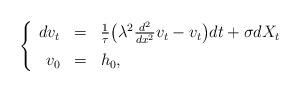
LaTeX: \begin{align*}\left\{\begin{array}{rcl}dv_t & = & \frac{1}{\tau} \big( \lambda^2 \frac{d^2}{d x^2} v_t - v_t \big) dt +\sigma dX_t\medskip\\ v_0 & = & h_0,\end{array}\right.\end{align*}